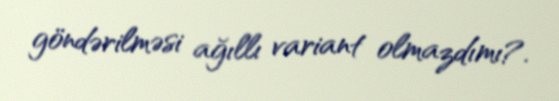
göndərilməsi ağıllı variant olmazdımı?.